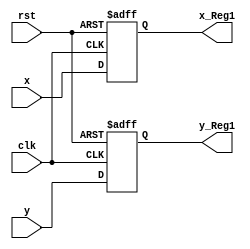
module Reg_xy_1_L9(x_Reg1,y_Reg1,clk,rst,x,y);
output reg [3:0] x_Reg1,y_Reg1;
input clk,rst;
input [3:0] x,y;

always @ (posedge clk or negedge rst)
	begin
		if (!rst )begin 
			x_Reg1<=0; y_Reg1<=0;end
		else  begin
			x_Reg1<=x; y_Reg1<=y;end
	end

endmodule